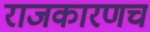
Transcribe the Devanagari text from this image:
राजकारणच